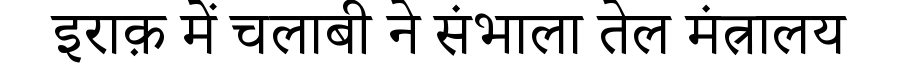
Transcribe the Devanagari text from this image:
इराक़ में चलाबी ने संभाला तेल मंत्रालय